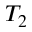
T _ { 2 }